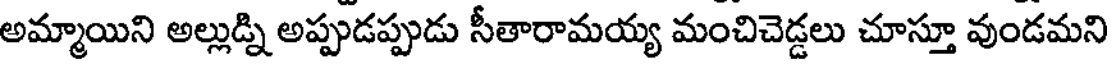
అమ్మాయిని అల్లుడ్ని అప్పుడప్పుడు సీతారామయ్య మంచిచెడ్డలు చూస్తూ వుండమని